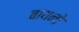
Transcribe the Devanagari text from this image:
बायनो